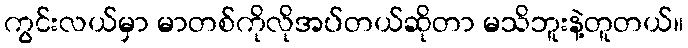
ကွင်းလယ်မှာ မာတစ်ကိုလိုအပ်တယ်ဆိုတာ မသိဘူးနဲ့တူတယ်။